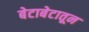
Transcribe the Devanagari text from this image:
बेटाबेटातून